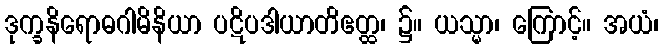
ဒုက္ခနိရောဓဂါမိနိယာ ပဋိပဒါယာတိဧတ္ထ၊ ၌။ ယသ္မာ၊ ကြောင့်။ အယံ၊